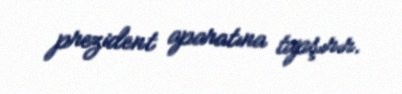
prezident aparatına tapşırır.